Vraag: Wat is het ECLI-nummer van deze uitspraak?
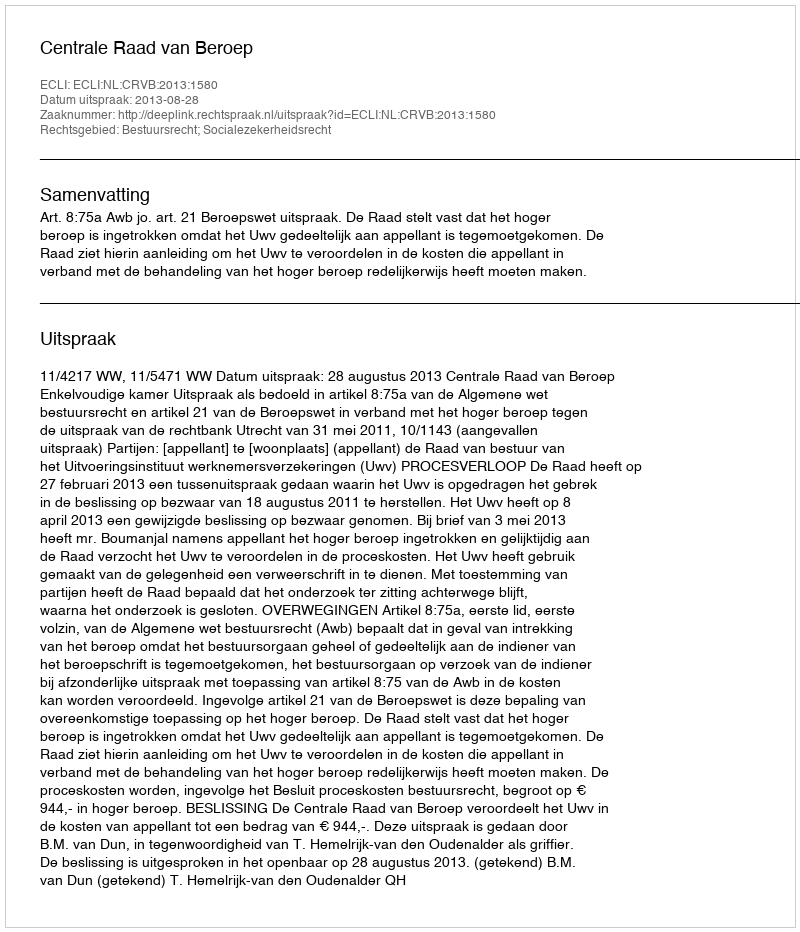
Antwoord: ECLI:NL:CRVB:2013:1580